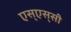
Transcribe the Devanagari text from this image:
एस्‌एस्‌सी